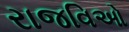
રાજવિઓ